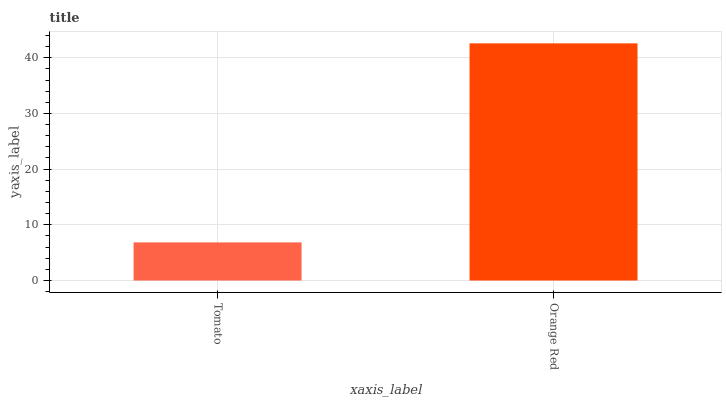
| xaxis_label | bars |
 | --- | --- |
 | Tomato | 6.84 |
 | Orange Red | 42.6 |